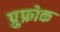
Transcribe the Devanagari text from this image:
प्रुफ्रोक